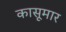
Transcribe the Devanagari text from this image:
कासूमार